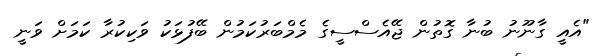
"އެއީ ގާނޫނު ބުނާ ގޮތުން ޖޭއެސްސީގެ މެމްބަރުކަމުން ބޭފުޅަކު ވަކިކުރާ ކަމަށް ވަނީ